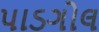
પાડગોલ